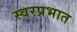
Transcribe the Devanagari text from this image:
स्वरप्रभात